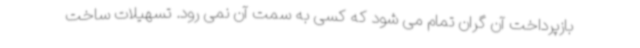
بازپرداخت آن گران تمام می شود که کسی به سمت آن نمی رود. تسهیلات ساخت